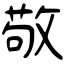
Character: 敬